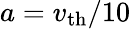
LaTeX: a=v_{\mathrm{th}}/10